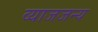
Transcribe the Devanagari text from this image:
व्याजजन्य